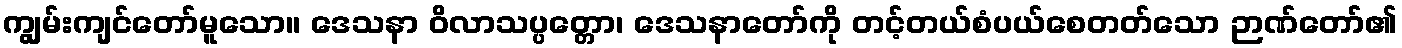
ကျွမ်းကျင်တော်မူသော။ ဒေသနာ ဝိလာသပ္ပတ္တော၊ ဒေသနာတော်ကို တင့်တယ်စံပယ်စေတတ်သော ဉာဏ်တော်၏